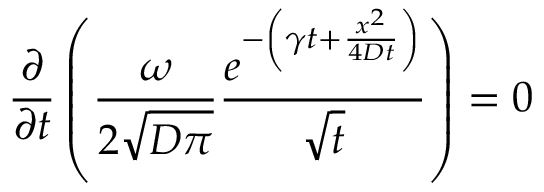
\frac { \partial } { \partial t } \left( \frac { \omega } { 2 \sqrt { D \pi } } \frac { e ^ { - \left( \gamma t + \frac { x ^ { 2 } } { 4 D t } \right) } } { \sqrt { t } } \right) = 0